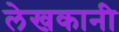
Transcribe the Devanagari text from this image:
लेखकानी